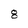
Character: 8